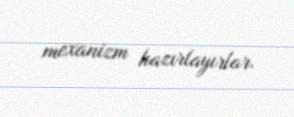
mexanizm hazırlayırlar.